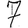
Digit: 7